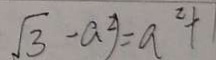
\sqrt { 3 } - a ^ { 2 } ) = a ^ { 2 } + 1